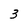
Character: 3